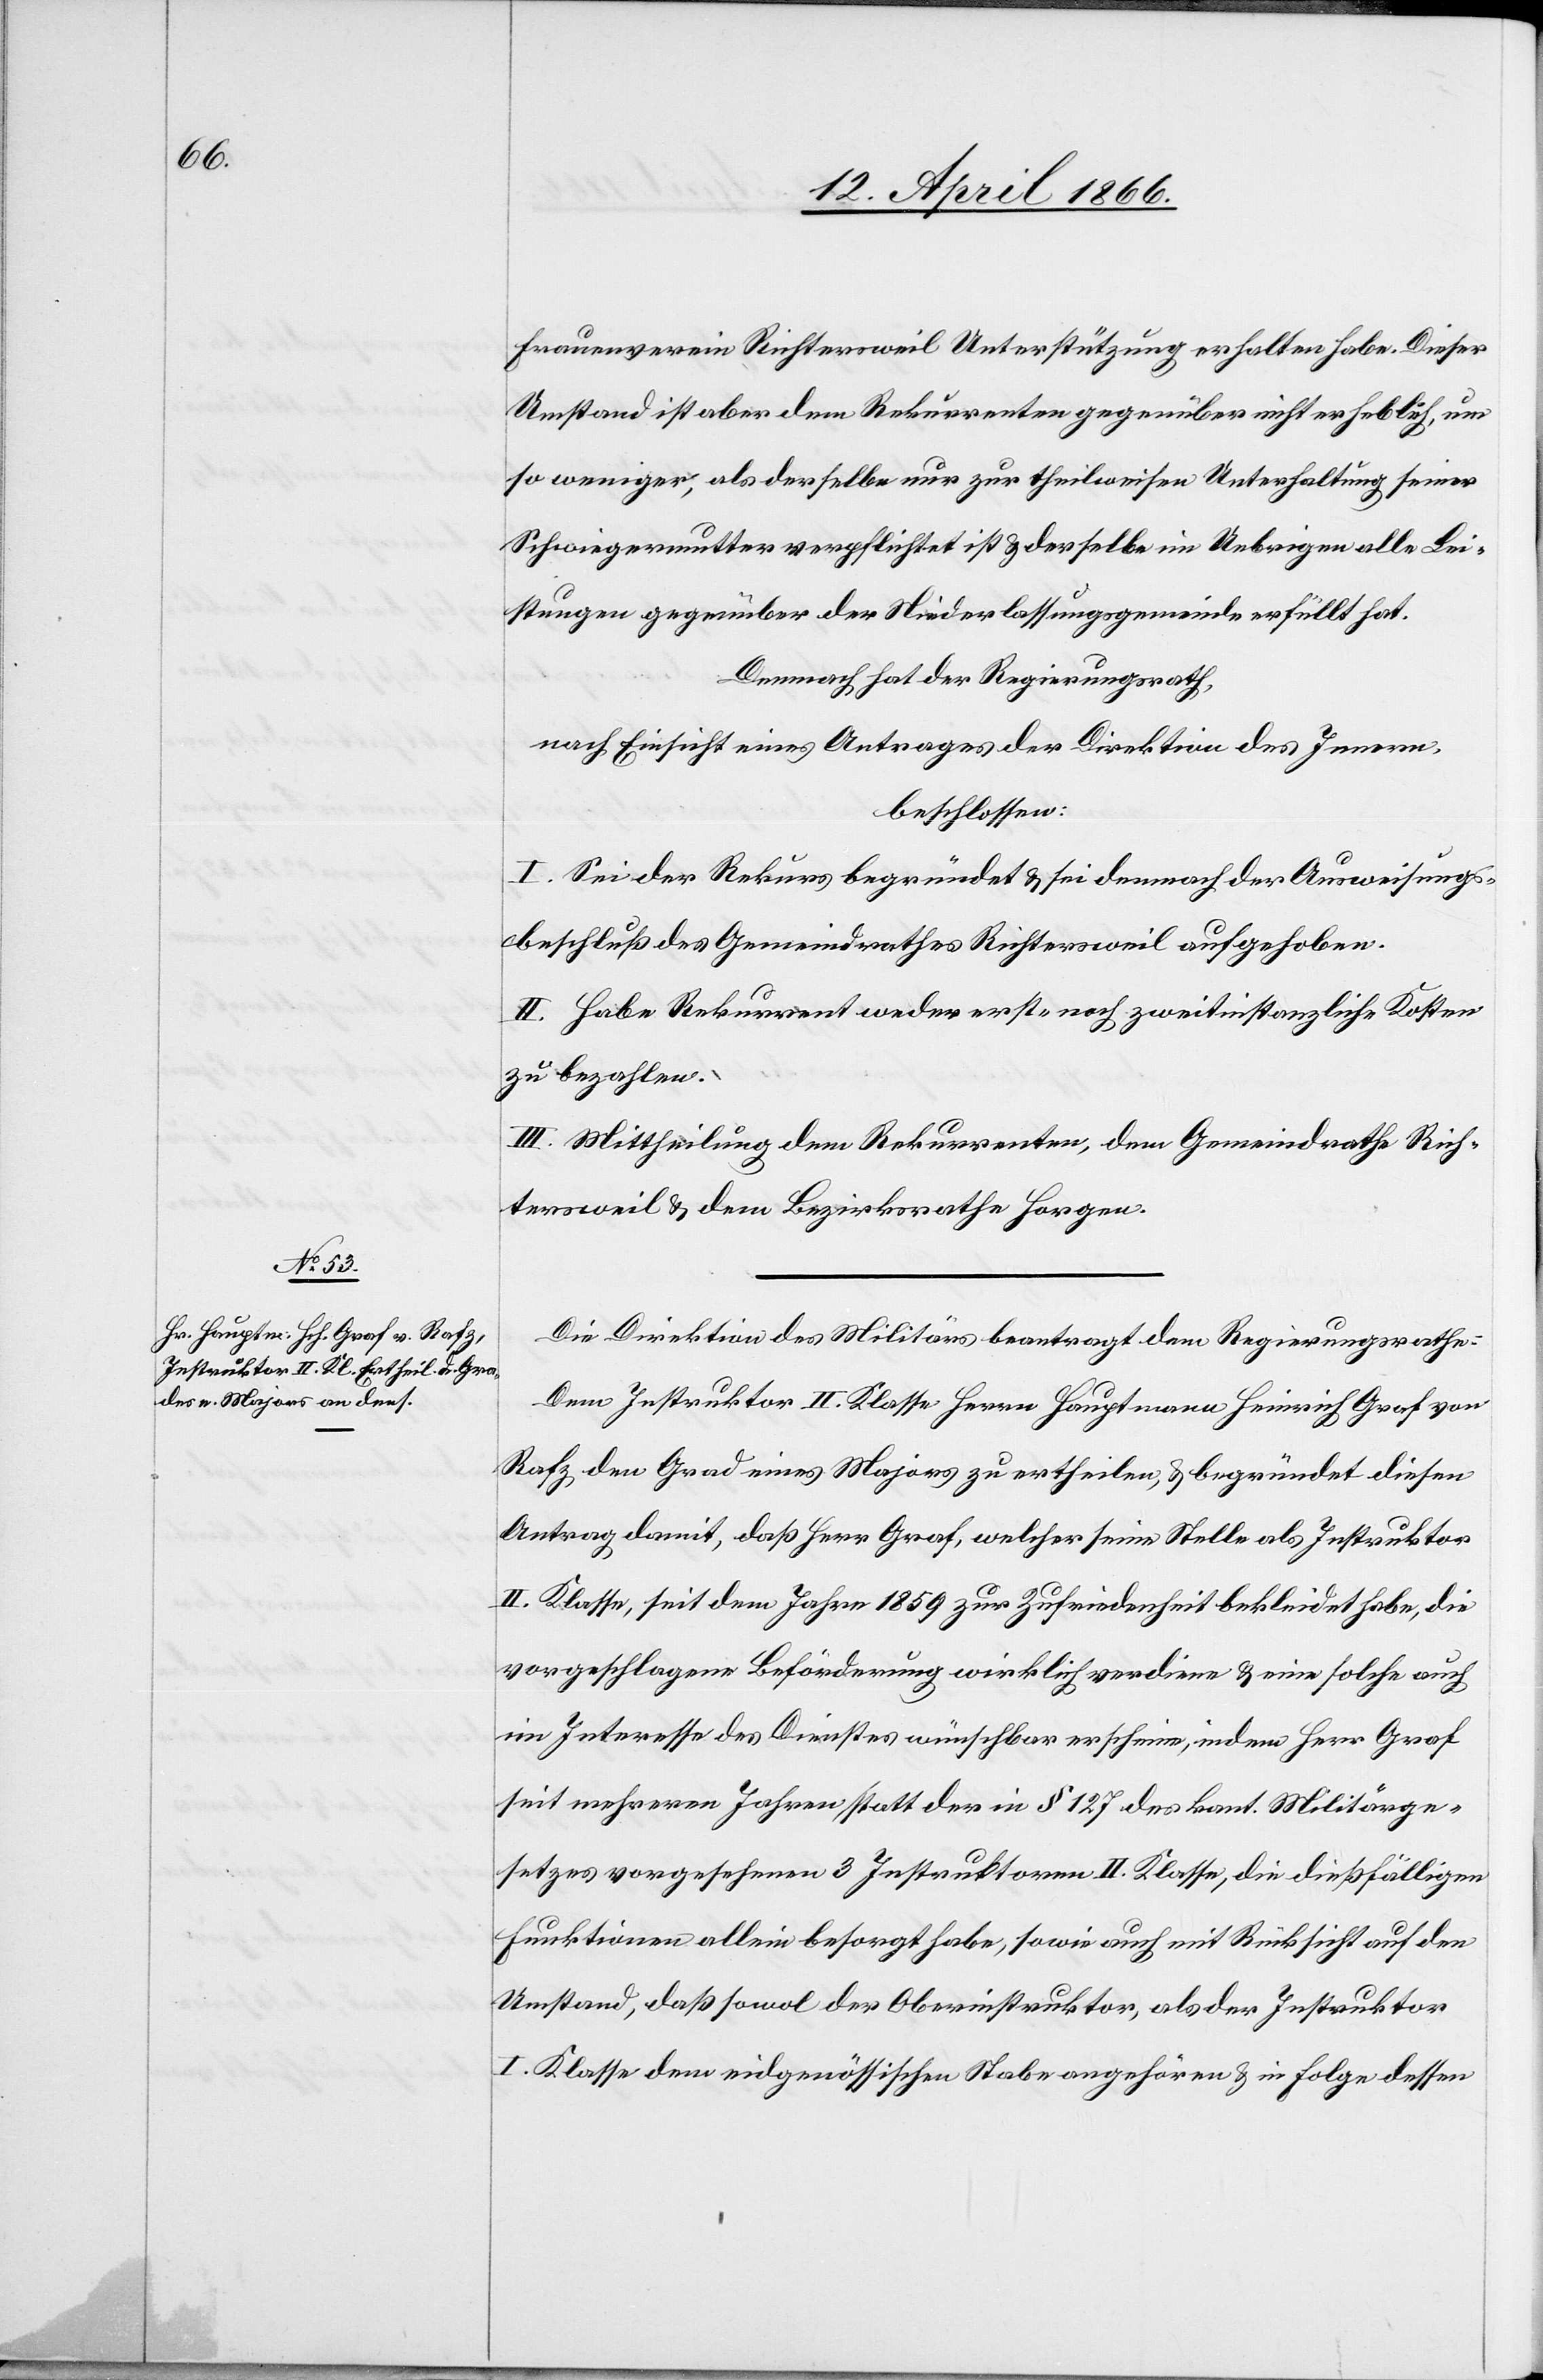
Frauenverein Richtersweil Unterstützung erhalten habe. Dieser
Umstand ist aber dem Rekurrenten gegenüber nicht erheblich, um
so weniger, als derselbe nur zur theilweisen Unterstützung seiner
Schwiegermutter verpflichtet ist u. derselbe im Uebrigen alle Lei¬
stungen gegenüber der Niederlassungsgemeinde erfüllt hat.
Demnach hat der Regierungsrath,
nach Einsicht eines Antrages der Direktion des Innern,
beschlossen:
I. Sei der Rekurs begründet u. sei demnach der Ausweisungs¬
beschluß des Gemeindrathes Richtersweil aufgehoben.
II. Habe Rekurrent weder erst- noch zweitinstanzliche Kosten
zu bezahlen.
III. Mittheilung dem Rekurrenten, dem Gemeindrath Rich¬
tersweil u. dem Bezirksrathe Horgen.
Die Direktion des Militärs beantragt dem Regierungsrathe:
Dem Instruktor II. Klasse Herrn Hauptmann Heinrich Graf von
Rafz den Grad eines Majors zu ertheilen, u. begründet diesen
Antrag damit, daß Herr Graf, welcher seine Stelle als Instruktor
II. Klasse, seit dem Jahre 1859 zur Zufriedenheit bekleidet habe, die
vorgeschlagene Beförderung wirklich verdiene u. eine solche auch
im Interesse des Dienstes wünschbar erscheine, indem Herr Graf
seit mehreren Jahren statt der in § 127 des kant. Militärge¬
setzes vorgeschlagenen 3 Instruktoren II. Klasse, die dießfälligen
Funktionen allein besorgt habe, sowie auch mit Rücksicht auf den
Umstand, daß sowol der Oberinstruktor, als der Instruktor
I. Klasse dem eidgenössischen Stabe angehören u. in Folge dessen